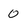
Character: 0